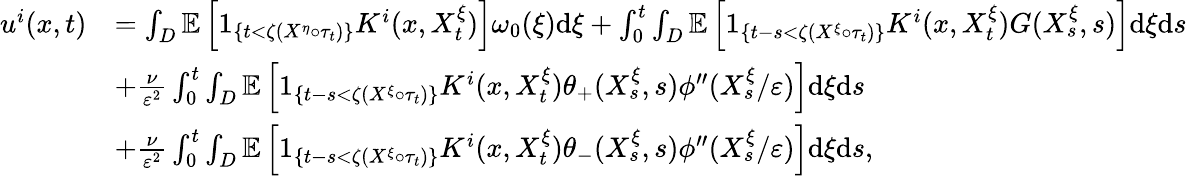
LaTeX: \begin{array}{rl}{u^{i}(x,t)}&{=\int_{D}\mathbb{E}\left[1_{\left\{ t<\zeta(X^{\eta}\circ\tau_{t})\right\} }K^{i}(x,X_{t}^{\xi})\right]\omega_{0}(\xi)\textrm{d}\xi+\int_{0}^{t}\int_{D}\mathbb{E}\left[1_{\{ t-s<\zeta(X^{\xi}\circ\tau_{t})\} }K^{i}(x,X_{t}^{\xi})G(X_{s}^{\xi},s)\right]\textrm{d}\xi\textrm{d}s}\\ &{+\frac{\nu}{\varepsilon^{2}}\int_{0}^{t}\int_{D}\mathbb{E}\left[1_{\{ t-s<\zeta(X^{\xi}\circ\tau_{t})\} }K^{i}(x,X_{t}^{\xi})\theta_{+}(X_{s}^{\xi},s)\phi^{\prime\prime}(X_{s}^{\xi}/\varepsilon)\right]\textrm{d}\xi\textrm{d}s}\\ &{+\frac{\nu}{\varepsilon^{2}}\int_{0}^{t}\int_{D}\mathbb{E}\left[1_{\{ t-s<\zeta(X^{\xi}\circ\tau_{t})\} }K^{i}(x,X_{t}^{\xi})\theta_{-}(X_{s}^{\xi},s)\phi^{\prime\prime}(X_{s}^{\xi}/\varepsilon)\right]\textrm{d}\xi\textrm{d}s,}\end{array}